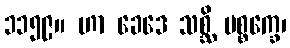
၁၁၅၉။ ဟာ ခေဒေ သစ္ဆိ ပစ္စက္ခေ၊